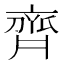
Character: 齊